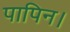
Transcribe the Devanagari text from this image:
पापिन।